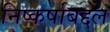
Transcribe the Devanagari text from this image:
निष्कर्षाबद्दल